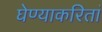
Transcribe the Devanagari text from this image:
घेण्याकरितां